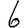
Digit: 6